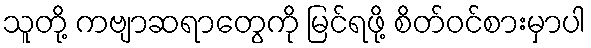
သူတို့ ကဗျာဆရာတွေကို မြင်ရဖို့ စိတ်ဝင်စားမှာပါ